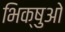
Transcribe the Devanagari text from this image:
भिक्षुओ